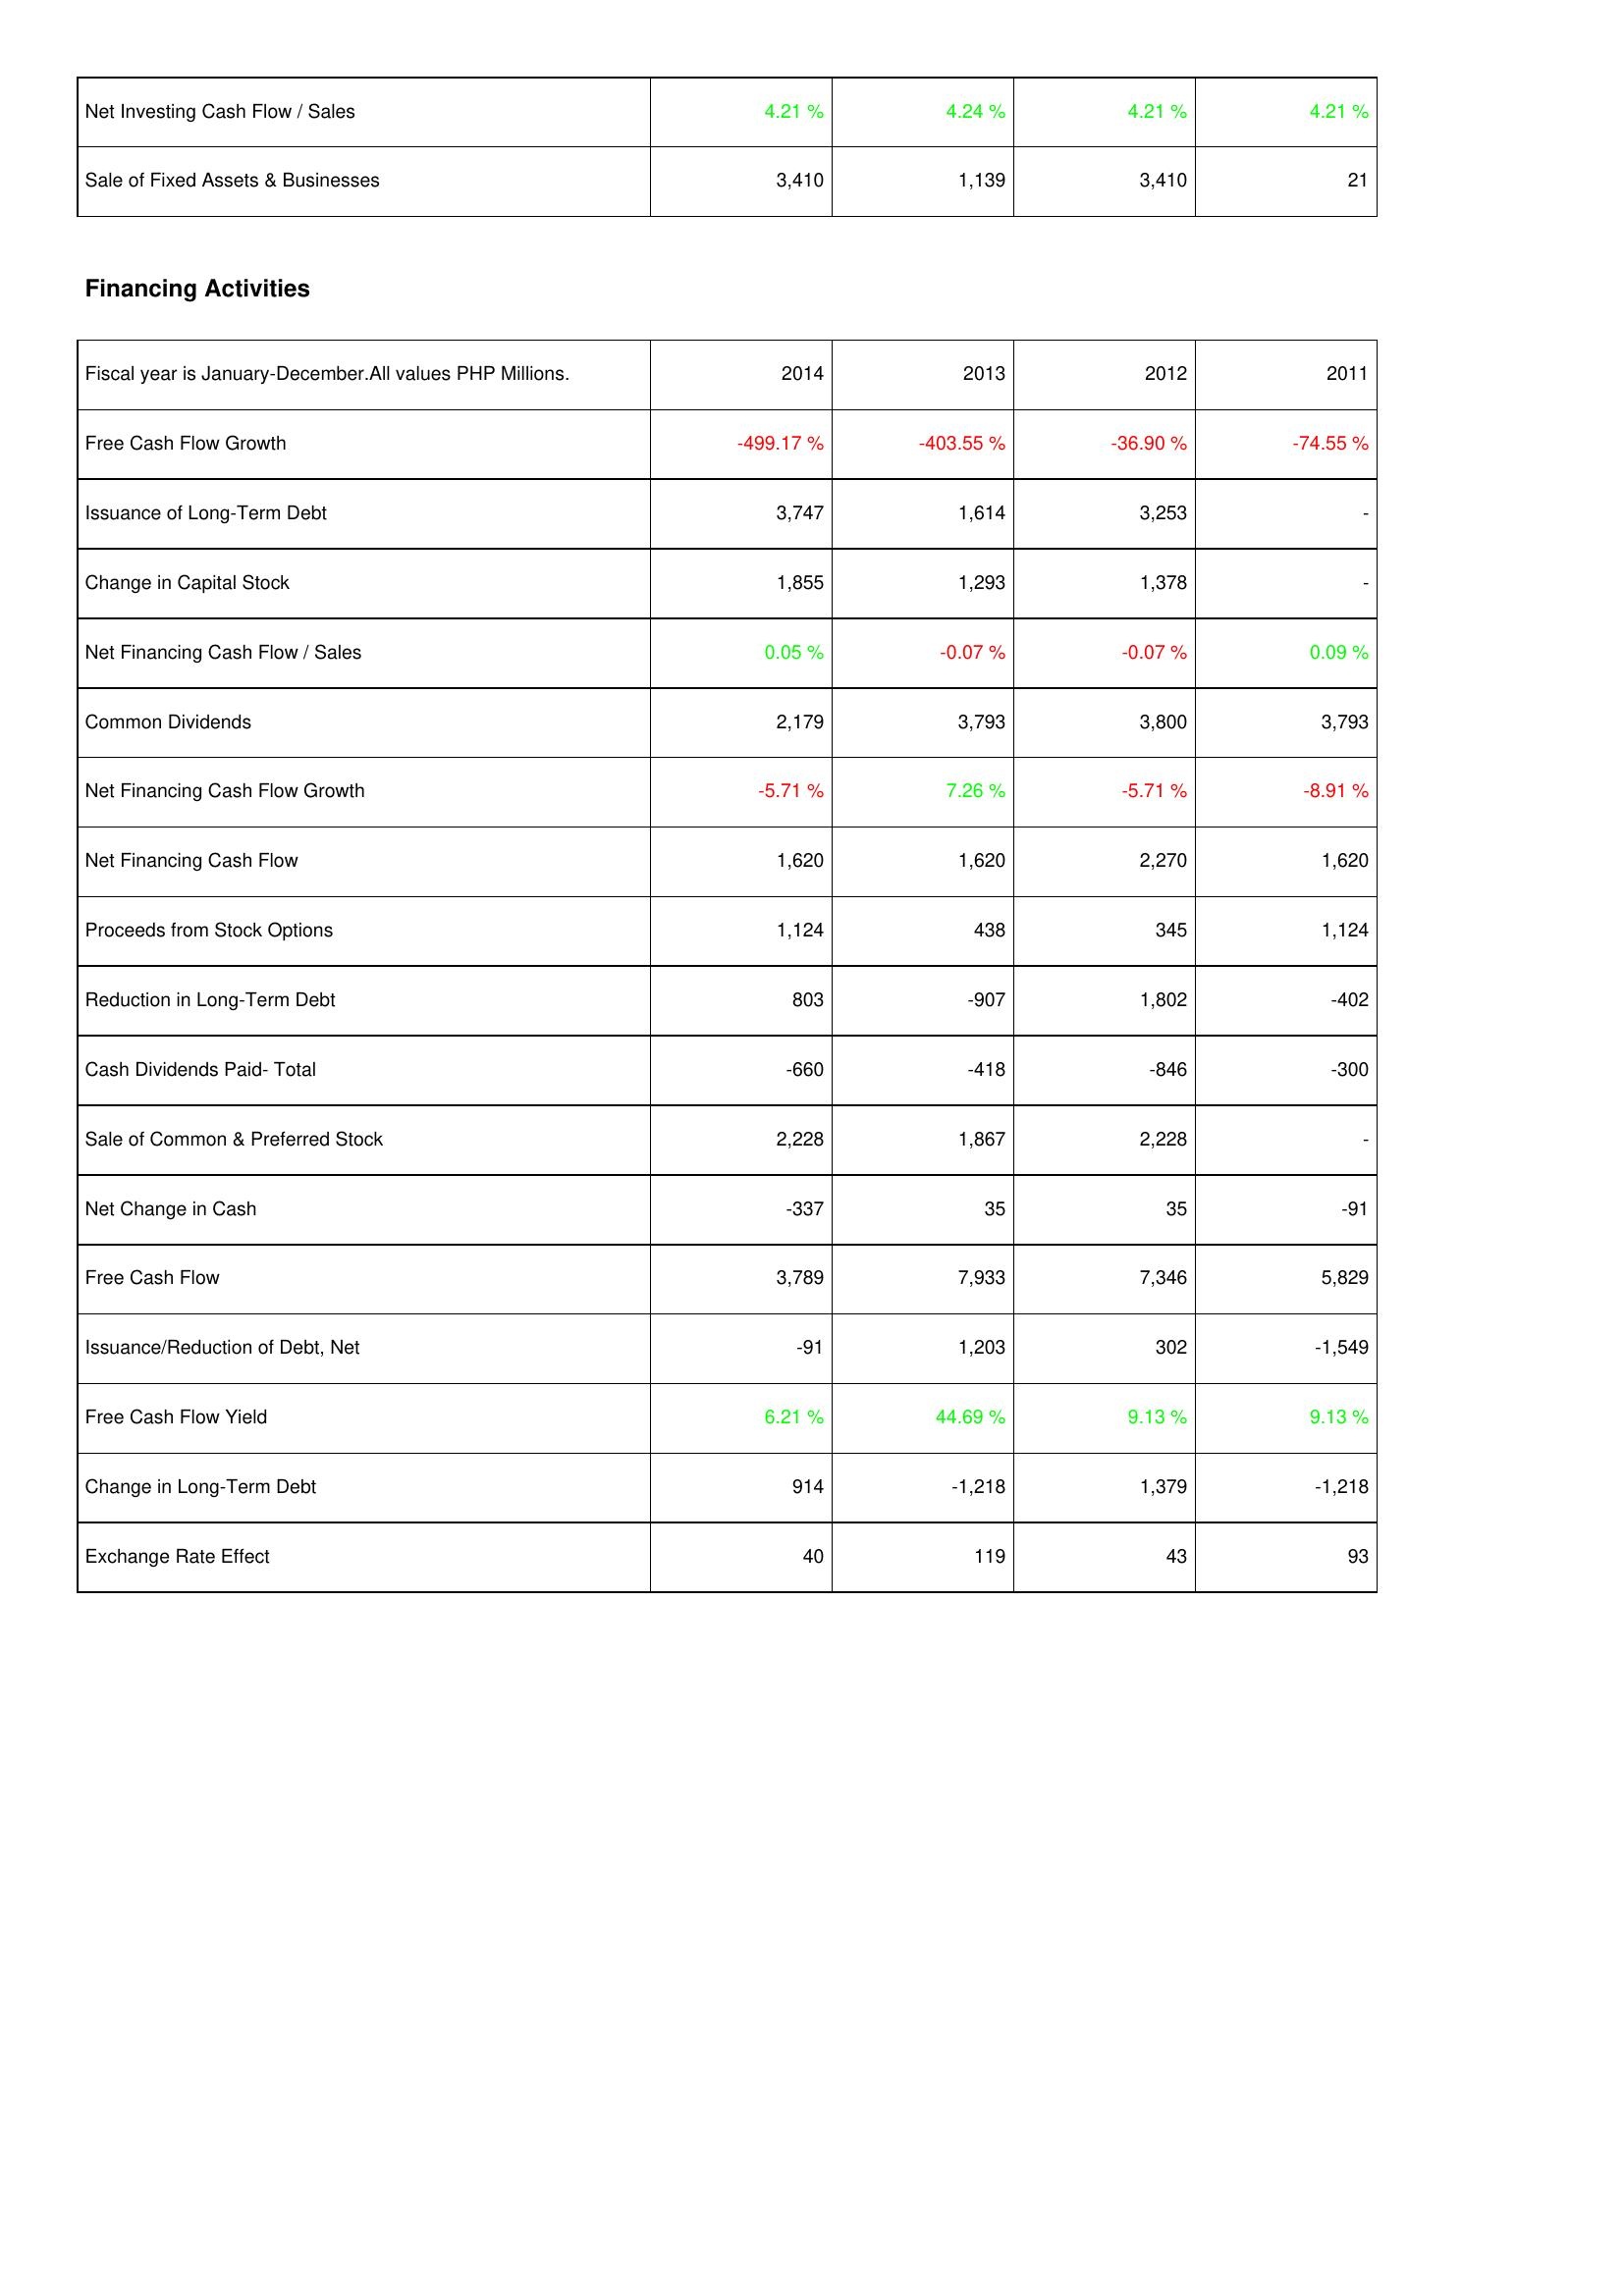
2014: Investing Activities: Net Investing Cash Flow / Sales: 4.21 %
Sale of Fixed Assets & Businesses: 3,410
Financing Activities: Free Cash Flow Growth: -499.17 %
Issuance of Long-Term Debt: 3,747
Change in Capital Stock: 1,855
Net Financing Cash Flow / Sales: 0.05 %
Common Dividends: 2,179
Net Financing Cash Flow Growth: -5.71 %
Net Financing Cash Flow: 1,620
Proceeds from Stock Options: 1,124
Reduction in Long-Term Debt: 803
Cash Dividends Paid- Total: -660
Sale of Common & Preferred Stock: 2,228
Net Change in Cash: -337
Free Cash Flow: 3,789
Issuance/Reduction of Debt, Net: -91
Free Cash Flow Yield: 6.21 %
Change in Long-Term Debt: 914
Exchange Rate Effect: 40
2013: Investing Activities: Net Investing Cash Flow / Sales: 4.24 %
Sale of Fixed Assets & Businesses: 1,139
Financing Activities: Free Cash Flow Growth: -403.55 %
Issuance of Long-Term Debt: 1,614
Change in Capital Stock: 1,293
Net Financing Cash Flow / Sales: -0.07 %
Common Dividends: 3,793
Net Financing Cash Flow Growth: 7.26 %
Net Financing Cash Flow: 1,620
Proceeds from Stock Options: 438
Reduction in Long-Term Debt: -907
Cash Dividends Paid- Total: -418
Sale of Common & Preferred Stock: 1,867
Net Change in Cash: 35
Free Cash Flow: 7,933
Issuance/Reduction of Debt, Net: 1,203
Free Cash Flow Yield: 44.69 %
Change in Long-Term Debt: -1,218
Exchange Rate Effect: 119
2012: Investing Activities: Net Investing Cash Flow / Sales: 4.21 %
Sale of Fixed Assets & Businesses: 3,410
Financing Activities: Free Cash Flow Growth: -36.90 %
Issuance of Long-Term Debt: 3,253
Change in Capital Stock: 1,378
Net Financing Cash Flow / Sales: -0.07 %
Common Dividends: 3,800
Net Financing Cash Flow Growth: -5.71 %
Net Financing Cash Flow: 2,270
Proceeds from Stock Options: 345
Reduction in Long-Term Debt: 1,802
Cash Dividends Paid- Total: -846
Sale of Common & Preferred Stock: 2,228
Net Change in Cash: 35
Free Cash Flow: 7,346
Issuance/Reduction of Debt, Net: 302
Free Cash Flow Yield: 9.13 %
Change in Long-Term Debt: 1,379
Exchange Rate Effect: 43
2011: Investing Activities: Net Investing Cash Flow / Sales: 4.21 %
Sale of Fixed Assets & Businesses: 21
Financing Activities: Free Cash Flow Growth: -74.55 %
Issuance of Long-Term Debt: -
Change in Capital Stock: -
Net Financing Cash Flow / Sales: 0.09 %
Common Dividends: 3,793
Net Financing Cash Flow Growth: -8.91 %
Net Financing Cash Flow: 1,620
Proceeds from Stock Options: 1,124
Reduction in Long-Term Debt: -402
Cash Dividends Paid- Total: -300
Sale of Common & Preferred Stock: -
Net Change in Cash: -91
Free Cash Flow: 5,829
Issuance/Reduction of Debt, Net: -1,549
Free Cash Flow Yield: 9.13 %
Change in Long-Term Debt: -1,218
Exchange Rate Effect: 93